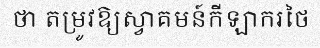
ថា តម្រូវឱ្យស្វាគមន៍កីឡាករថៃ